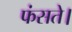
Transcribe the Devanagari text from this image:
फंसते।